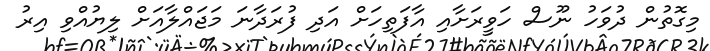
މިގޮތުން ދުވަހު ނޫސް ހަވީރަށާއި އާފަތިހަށް އަދި ފުރަދާނަ މަޖައްލާއަށް ލިޔުއްވި އިރު